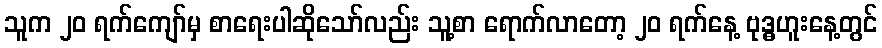
သူက ၂၀ ရက်ကျော်မှ စာရေးပါဆိုသော်လည်း သူ့စာ ရောက်လာတော့ ၂၀ ရက်နေ့ ဗုဒ္ဓဟူးနေ့တွင်